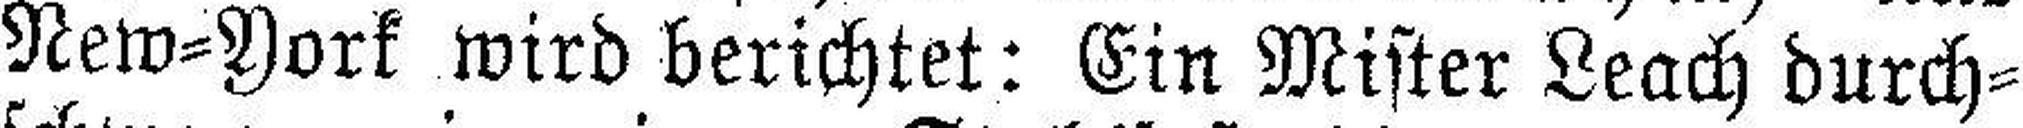
New=York wird berichtet: Ein Mister Leach durch¬